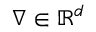
\nabla \in \mathbb { R } ^ { d }